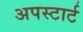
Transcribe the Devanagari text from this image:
अपस्टार्ट